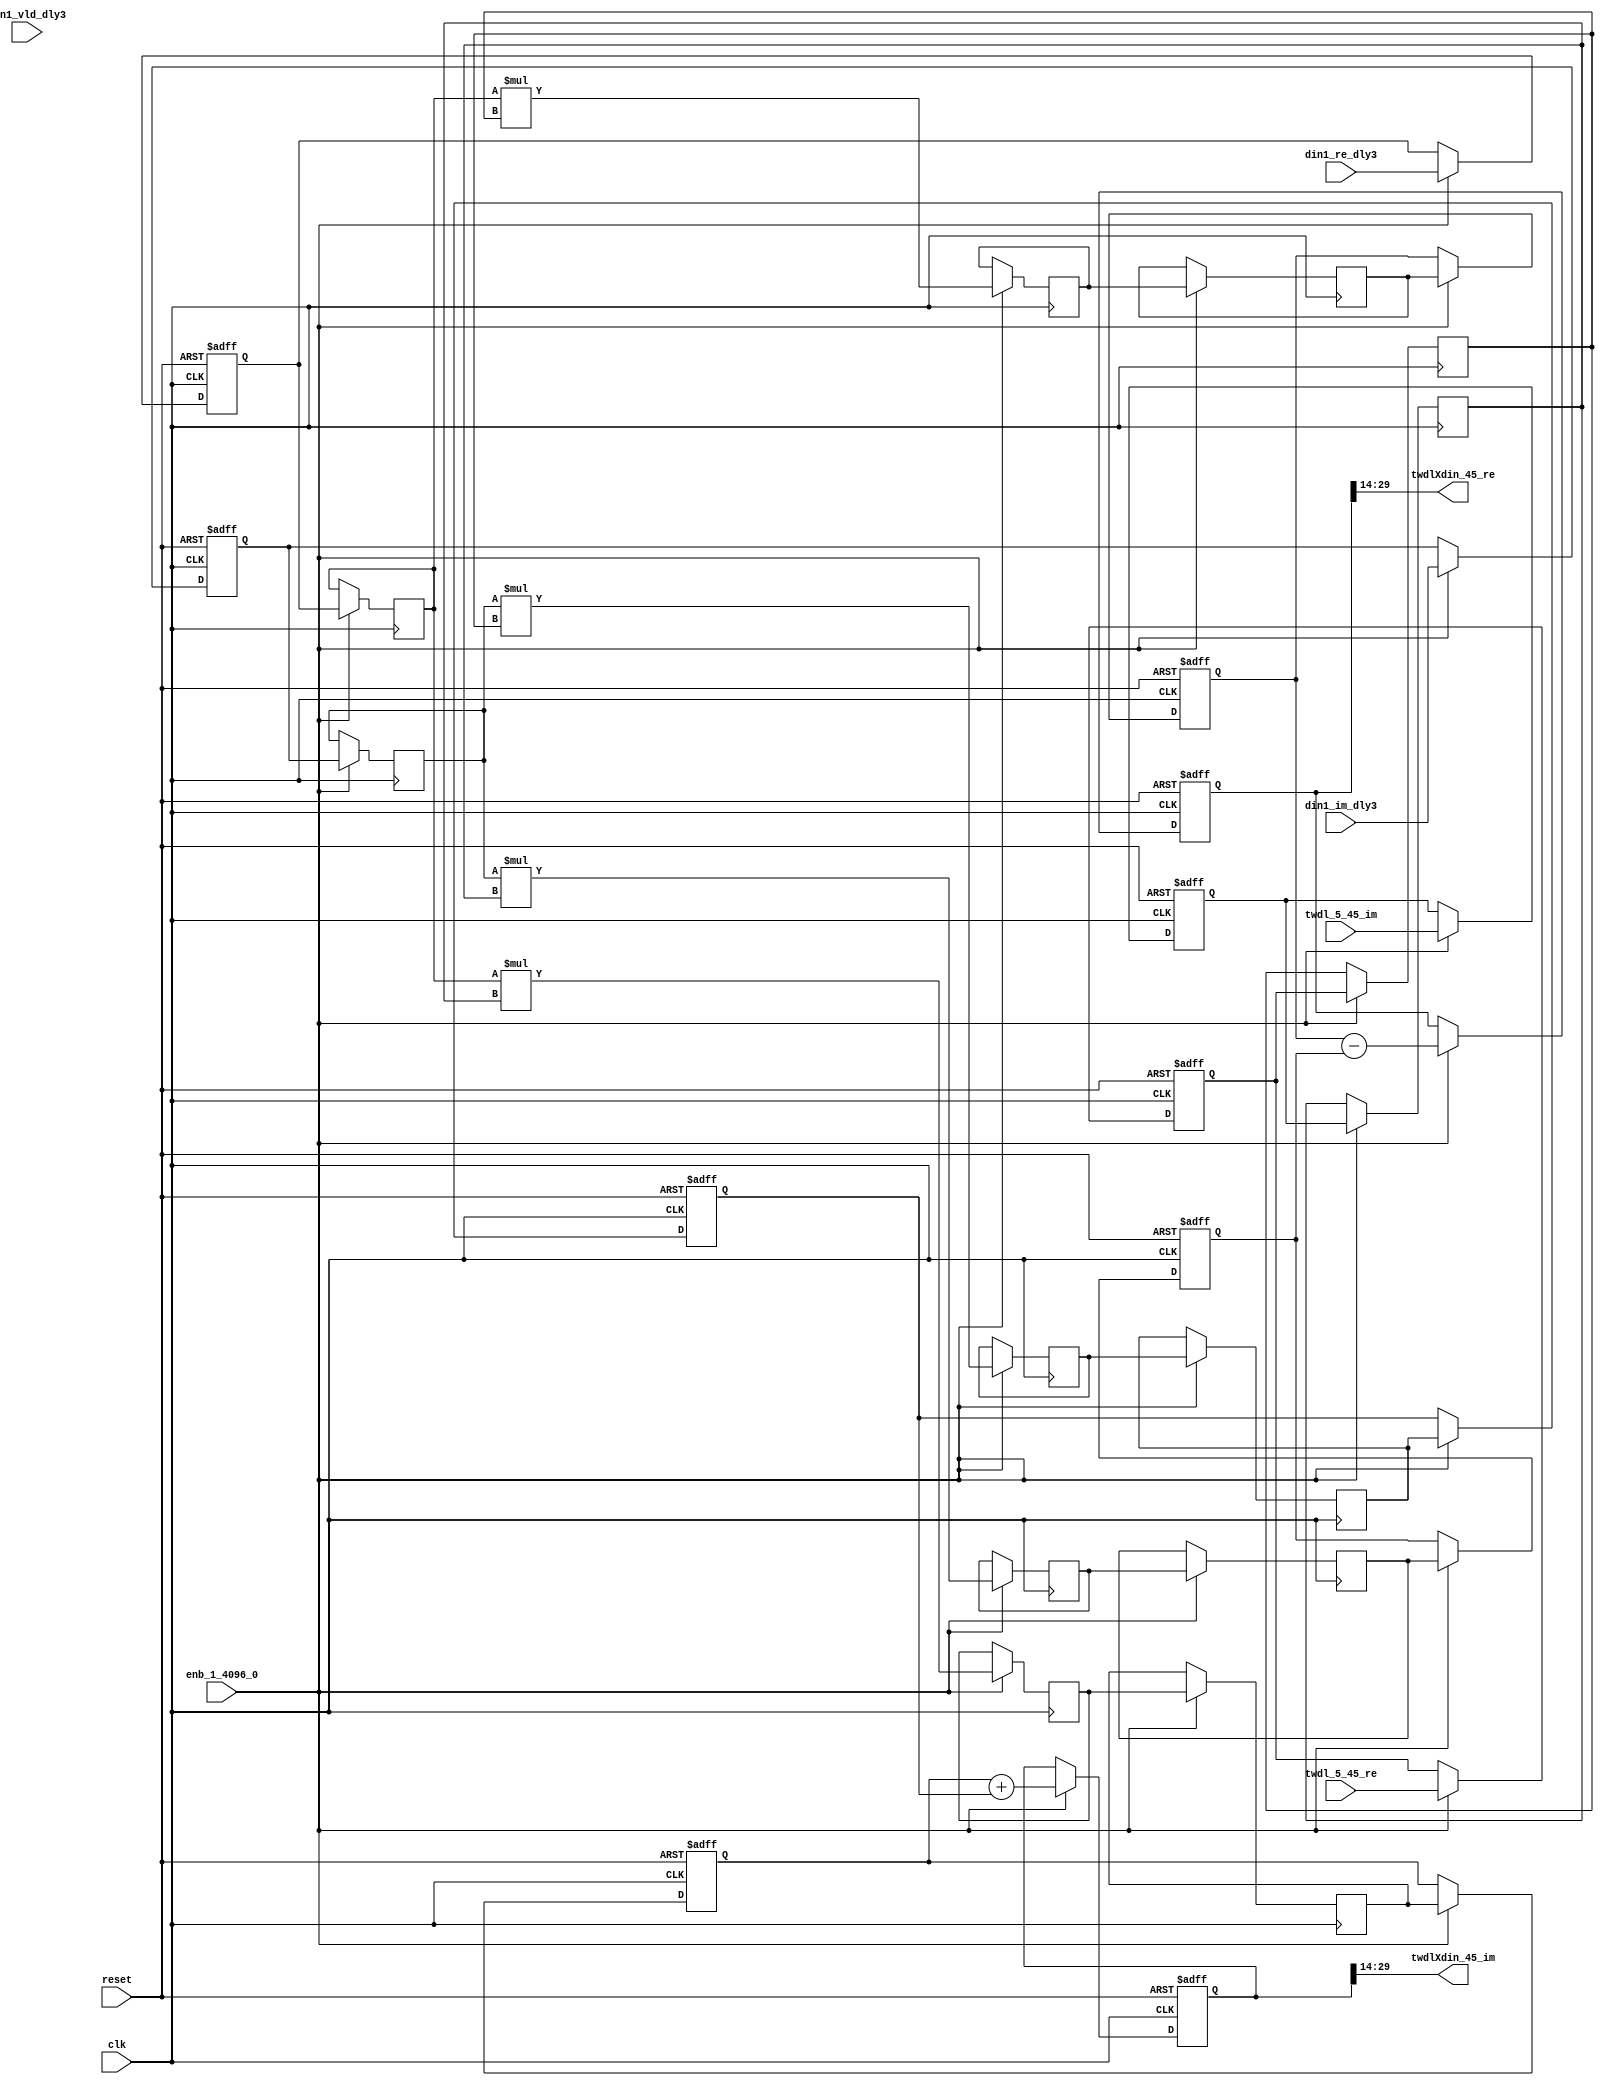
// -------------------------------------------------------------
// 
// 
// Generated by MATLAB 9.14 and HDL Coder 4.1
// 
// -------------------------------------------------------------


// -------------------------------------------------------------
// 
// Module: Complex4Multiply_block99
// Source Path: dsphdl.IFFT/TWDLMULT_SDNF1_5/Complex4Multiply
// Hierarchy Level: 5
// 
// -------------------------------------------------------------

`timescale 1 ns / 1 ns

module Complex4Multiply_block99
          (clk,
           reset,
           enb_1_4096_0,
           din1_re_dly3,
           din1_im_dly3,
           din1_vld_dly3,
           twdl_5_45_re,
           twdl_5_45_im,
           twdlXdin_45_re,
           twdlXdin_45_im);


  input   clk;
  input   reset;
  input   enb_1_4096_0;
  input   signed [15:0] din1_re_dly3;  // sfix16_En14
  input   signed [15:0] din1_im_dly3;  // sfix16_En14
  input   din1_vld_dly3;
  input   signed [15:0] twdl_5_45_re;  // sfix16_En14
  input   signed [15:0] twdl_5_45_im;  // sfix16_En14
  output  signed [15:0] twdlXdin_45_re;  // sfix16_En14
  output  signed [15:0] twdlXdin_45_im;  // sfix16_En14


  reg signed [15:0] din_re_reg;  // sfix16_En14
  reg signed [15:0] din_im_reg;  // sfix16_En14
  reg signed [15:0] twdl_re_reg;  // sfix16_En14
  reg signed [15:0] twdl_im_reg;  // sfix16_En14
  reg signed [15:0] Complex4Multiply_din1_re_pipe1;  // sfix16
  reg signed [15:0] Complex4Multiply_din1_im_pipe1;  // sfix16
  reg signed [31:0] Complex4Multiply_mult1_re_pipe1;  // sfix32
  reg signed [31:0] Complex4Multiply_mult2_re_pipe1;  // sfix32
  reg signed [31:0] Complex4Multiply_mult1_im_pipe1;  // sfix32
  reg signed [31:0] Complex4Multiply_mult2_im_pipe1;  // sfix32
  reg signed [15:0] Complex4Multiply_twiddle_re_pipe1;  // sfix16
  reg signed [15:0] Complex4Multiply_twiddle_im_pipe1;  // sfix16
  reg signed [31:0] prod1_re;  // sfix32_En28
  reg signed [31:0] prod1_im;  // sfix32_En28
  reg signed [31:0] prod2_re;  // sfix32_En28
  reg signed [31:0] prod2_im;  // sfix32_En28
  reg  din_vld_dly1;
  reg  din_vld_dly2;
  reg  din_vld_dly3;
  reg  prod_vld;
  reg signed [32:0] Complex4Add_multRes_re_reg;  // sfix33
  reg signed [32:0] Complex4Add_multRes_im_reg;  // sfix33
  reg  Complex4Add_prod_vld_reg1;
  reg signed [31:0] Complex4Add_prod1_re_reg;  // sfix32
  reg signed [31:0] Complex4Add_prod1_im_reg;  // sfix32
  reg signed [31:0] Complex4Add_prod2_re_reg;  // sfix32
  reg signed [31:0] Complex4Add_prod2_im_reg;  // sfix32
  wire signed [32:0] Complex4Add_multRes_re_reg_next;  // sfix33_En28
  wire signed [32:0] Complex4Add_multRes_im_reg_next;  // sfix33_En28
  wire signed [32:0] Complex4Add_sub_cast;  // sfix33_En28
  wire signed [32:0] Complex4Add_sub_cast_1;  // sfix33_En28
  wire signed [32:0] Complex4Add_add_cast;  // sfix33_En28
  wire signed [32:0] Complex4Add_add_cast_1;  // sfix33_En28
  wire signed [32:0] mulResFP_re;  // sfix33_En28
  wire signed [32:0] mulResFP_im;  // sfix33_En28
  reg  twdlXdin1_vld;

  initial begin
    Complex4Multiply_din1_re_pipe1 = 16'sb0000000000000000;
    Complex4Multiply_din1_im_pipe1 = 16'sb0000000000000000;
    Complex4Multiply_twiddle_re_pipe1 = 16'sb0000000000000000;
    Complex4Multiply_twiddle_im_pipe1 = 16'sb0000000000000000;
    Complex4Multiply_mult1_re_pipe1 = 32'sb00000000000000000000000000000000;
    Complex4Multiply_mult2_re_pipe1 = 32'sb00000000000000000000000000000000;
    Complex4Multiply_mult1_im_pipe1 = 32'sb00000000000000000000000000000000;
    Complex4Multiply_mult2_im_pipe1 = 32'sb00000000000000000000000000000000;
    prod1_re = 32'sb00000000000000000000000000000000;
    prod2_re = 32'sb00000000000000000000000000000000;
    prod1_im = 32'sb00000000000000000000000000000000;
    prod2_im = 32'sb00000000000000000000000000000000;
  end

  always @(posedge clk or posedge reset)
    begin : intdelay_process
      if (reset == 1'b1) begin
        din_re_reg <= 16'sb0000000000000000;
      end
      else begin
        if (enb_1_4096_0) begin
          din_re_reg <= din1_re_dly3;
        end
      end
    end



  always @(posedge clk or posedge reset)
    begin : intdelay_1_process
      if (reset == 1'b1) begin
        din_im_reg <= 16'sb0000000000000000;
      end
      else begin
        if (enb_1_4096_0) begin
          din_im_reg <= din1_im_dly3;
        end
      end
    end



  always @(posedge clk or posedge reset)
    begin : intdelay_2_process
      if (reset == 1'b1) begin
        twdl_re_reg <= 16'sb0000000000000000;
      end
      else begin
        if (enb_1_4096_0) begin
          twdl_re_reg <= twdl_5_45_re;
        end
      end
    end



  always @(posedge clk or posedge reset)
    begin : intdelay_3_process
      if (reset == 1'b1) begin
        twdl_im_reg <= 16'sb0000000000000000;
      end
      else begin
        if (enb_1_4096_0) begin
          twdl_im_reg <= twdl_5_45_im;
        end
      end
    end



  // Complex4Multiply
  always @(posedge clk)
    begin : Complex4Multiply_process
      if (enb_1_4096_0) begin
        prod1_re <= Complex4Multiply_mult1_re_pipe1;
        prod2_re <= Complex4Multiply_mult2_re_pipe1;
        prod1_im <= Complex4Multiply_mult1_im_pipe1;
        prod2_im <= Complex4Multiply_mult2_im_pipe1;
        Complex4Multiply_mult1_re_pipe1 <= Complex4Multiply_din1_re_pipe1 * Complex4Multiply_twiddle_re_pipe1;
        Complex4Multiply_mult2_re_pipe1 <= Complex4Multiply_din1_im_pipe1 * Complex4Multiply_twiddle_im_pipe1;
        Complex4Multiply_mult1_im_pipe1 <= Complex4Multiply_din1_re_pipe1 * Complex4Multiply_twiddle_im_pipe1;
        Complex4Multiply_mult2_im_pipe1 <= Complex4Multiply_din1_im_pipe1 * Complex4Multiply_twiddle_re_pipe1;
        Complex4Multiply_twiddle_re_pipe1 <= twdl_re_reg;
        Complex4Multiply_twiddle_im_pipe1 <= twdl_im_reg;
        Complex4Multiply_din1_re_pipe1 <= din_re_reg;
        Complex4Multiply_din1_im_pipe1 <= din_im_reg;
      end
    end



  always @(posedge clk or posedge reset)
    begin : intdelay_4_process
      if (reset == 1'b1) begin
        din_vld_dly1 <= 1'b0;
      end
      else begin
        if (enb_1_4096_0) begin
          din_vld_dly1 <= din1_vld_dly3;
        end
      end
    end



  always @(posedge clk or posedge reset)
    begin : intdelay_5_process
      if (reset == 1'b1) begin
        din_vld_dly2 <= 1'b0;
      end
      else begin
        if (enb_1_4096_0) begin
          din_vld_dly2 <= din_vld_dly1;
        end
      end
    end



  always @(posedge clk or posedge reset)
    begin : intdelay_6_process
      if (reset == 1'b1) begin
        din_vld_dly3 <= 1'b0;
      end
      else begin
        if (enb_1_4096_0) begin
          din_vld_dly3 <= din_vld_dly2;
        end
      end
    end



  always @(posedge clk or posedge reset)
    begin : intdelay_7_process
      if (reset == 1'b1) begin
        prod_vld <= 1'b0;
      end
      else begin
        if (enb_1_4096_0) begin
          prod_vld <= din_vld_dly3;
        end
      end
    end



  // Complex4Add
  always @(posedge clk or posedge reset)
    begin : Complex4Add_process
      if (reset == 1'b1) begin
        Complex4Add_multRes_re_reg <= 33'sh000000000;
        Complex4Add_multRes_im_reg <= 33'sh000000000;
        Complex4Add_prod1_re_reg <= 32'sb00000000000000000000000000000000;
        Complex4Add_prod1_im_reg <= 32'sb00000000000000000000000000000000;
        Complex4Add_prod2_re_reg <= 32'sb00000000000000000000000000000000;
        Complex4Add_prod2_im_reg <= 32'sb00000000000000000000000000000000;
        Complex4Add_prod_vld_reg1 <= 1'b0;
        twdlXdin1_vld <= 1'b0;
      end
      else begin
        if (enb_1_4096_0) begin
          Complex4Add_multRes_re_reg <= Complex4Add_multRes_re_reg_next;
          Complex4Add_multRes_im_reg <= Complex4Add_multRes_im_reg_next;
          Complex4Add_prod1_re_reg <= prod1_re;
          Complex4Add_prod1_im_reg <= prod1_im;
          Complex4Add_prod2_re_reg <= prod2_re;
          Complex4Add_prod2_im_reg <= prod2_im;
          twdlXdin1_vld <= Complex4Add_prod_vld_reg1;
          Complex4Add_prod_vld_reg1 <= prod_vld;
        end
      end
    end

  assign Complex4Add_sub_cast = {Complex4Add_prod1_re_reg[31], Complex4Add_prod1_re_reg};
  assign Complex4Add_sub_cast_1 = {Complex4Add_prod2_re_reg[31], Complex4Add_prod2_re_reg};
  assign Complex4Add_multRes_re_reg_next = Complex4Add_sub_cast - Complex4Add_sub_cast_1;
  assign Complex4Add_add_cast = {Complex4Add_prod1_im_reg[31], Complex4Add_prod1_im_reg};
  assign Complex4Add_add_cast_1 = {Complex4Add_prod2_im_reg[31], Complex4Add_prod2_im_reg};
  assign Complex4Add_multRes_im_reg_next = Complex4Add_add_cast + Complex4Add_add_cast_1;
  assign mulResFP_re = Complex4Add_multRes_re_reg;
  assign mulResFP_im = Complex4Add_multRes_im_reg;



  assign twdlXdin_45_re = mulResFP_re[29:14];



  assign twdlXdin_45_im = mulResFP_im[29:14];



endmodule  // Complex4Multiply_block99